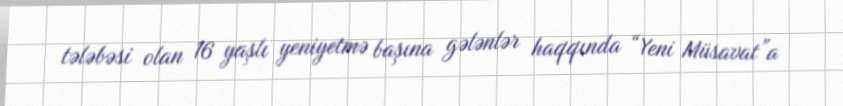
tələbəsi olan 16 yaşlı yeniyetmə başına gələnlər haqqında “Yeni Müsavat”a